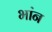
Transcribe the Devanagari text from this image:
भांन